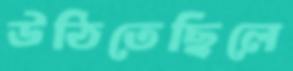
উঠিতেছিলে